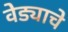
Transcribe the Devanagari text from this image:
वेड्याचे